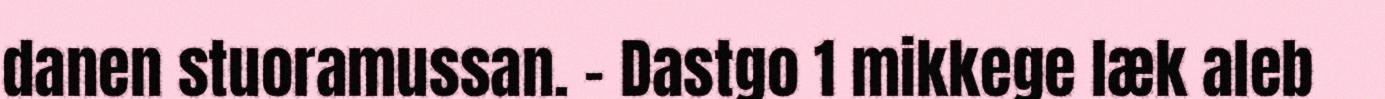
danen stuoramussan. – Dastgo 1 mikkege læk aleb